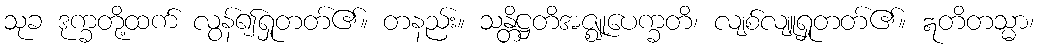
သုခ ဒုက္ခတို့ထက် လွန်၍ရှုတတ်၏။ တနည်း။ သန္တိဋ္ဌတိအဇ္ဈုပေက္ခတိ၊ လျစ်လျူရှုတတ်၏။ ဣတိတသ္မာ၊